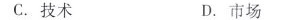
C.技术 D.市场